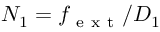
N _ { 1 } = f _ { \mathrm { ~ e ~ x ~ t ~ } } / D _ { 1 }